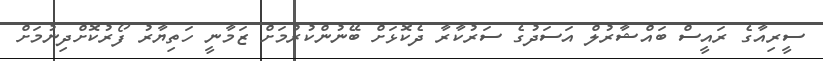
ސީރިއާގެ ރައީސް ބައްޝާރުލް އަސަދުގެ ސަރުކާރާ ދެކޮޅަށް ބޭނުންކުރުމަށް ޒަމާނީ ހަތިޔާރު ފޯރުކޮށްދިނުމަށް